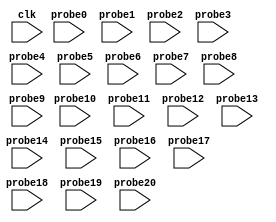
module ila_0 (
clk,


probe0,
probe1,
probe2,
probe3,
probe4,
probe5,
probe6,
probe7,
probe8,
probe9,
probe10,
probe11,
probe12,
probe13,
probe14,
probe15,
probe16,
probe17,
probe18,
probe19,
probe20
);

input clk;


input [63 : 0] probe0;
input [63 : 0] probe1;
input [0 : 0] probe2;
input [0 : 0] probe3;
input [0 : 0] probe4;
input [0 : 0] probe5;
input [0 : 0] probe6;
input [63 : 0] probe7;
input [0 : 0] probe8;
input [0 : 0] probe9;
input [0 : 0] probe10;
input [0 : 0] probe11;
input [63 : 0] probe12;
input [0 : 0] probe13;
input [0 : 0] probe14;
input [0 : 0] probe15;
input [0 : 0] probe16;
input [0 : 0] probe17;
input [7 : 0] probe18;
input [7 : 0] probe19;
input [0 : 0] probe20;


endmodule